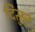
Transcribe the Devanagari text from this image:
दिसुन्